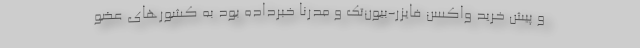
و پیش خرید واکسن فایزر-بیون‌تک و مدرنا خبرداده بود به کشورهای عضو